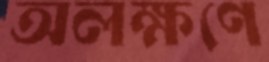
অলক্ষণে